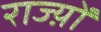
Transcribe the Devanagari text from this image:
राज्य़ों